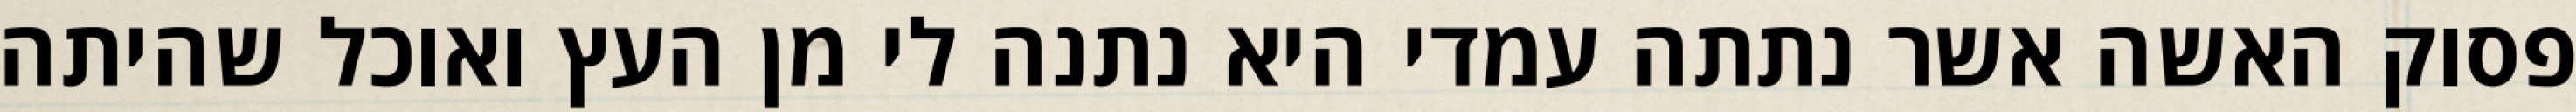
פסוק האשה אשר נתתה עמדי היא נתנה לי מן העץ ואוכל שהיתה